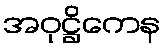
အဝုဋ္ဌိကေန